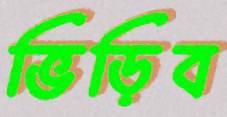
ভিড়িব